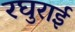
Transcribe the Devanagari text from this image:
रघुराई